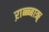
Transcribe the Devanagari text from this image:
ऱाब्ब्ब्बाॠ